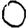
Digit: 0